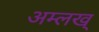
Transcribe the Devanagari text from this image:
अम्लख्